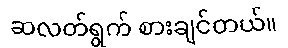
ဆလတ်ရွက် စားချင်တယ်။